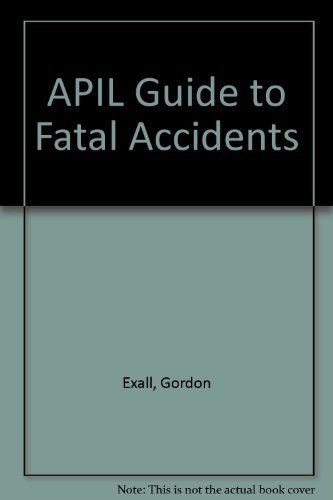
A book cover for APIL Guide to Fatal Accidents; Gordon Exall; Law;